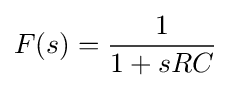
F(s)={\frac {1}{1+sRC}}